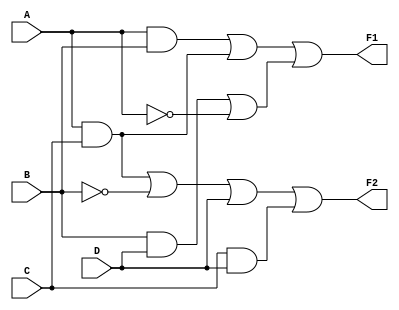
module comb_logic_block (
    input wire A,
    input wire B,
    input wire C,
    input wire D,
    output wire F1,
    output wire F2
);

// Intermediate signals for multi-level simplifications
wire notA, notB, notC, notD;
wire AB, AC, AD, BC, BD, CD;
wire term1, term2, term3;

// Inverting inputs using NOT gates
not (notA, A);
not (notB, B);
not (notC, C);
not (notD, D);

// Level 1: Generate products (AND operations) for further simplification
and (AB, A, B);
and (AC, A, C);
and (AD, A, D);
and (BC, B, C);
and (BD, B, D);
and (CD, C, D);

// Level 2: Combine products to form output F1 using multi-level simplifications
// Example simplified expression for F1: F1 = AB + AC + BD
or (term1, AB, AC);
or (term2, BD, notA);
or (F1, term1, term2); // F1 = AB + AC + BD + A'

// Level 3: Combine products to form output F2 using multi-level simplifications
// Example simplified expression for F2: F2 = AC + NOT(B)D + C
or (term3, AC, notB, D);
or (F2, term3, CD); // F2 = AC + B'D + C

endmodule